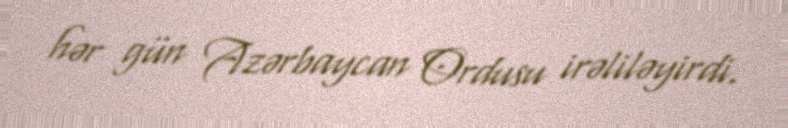
hər gün Azərbaycan Ordusu irəliləyirdi.